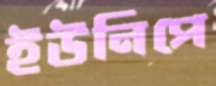
ইউনিপে